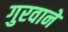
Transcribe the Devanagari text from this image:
गुरवाने